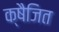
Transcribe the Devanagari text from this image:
क्षैजित